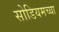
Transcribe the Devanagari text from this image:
सोडियमच्या